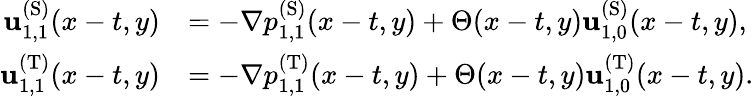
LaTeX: \begin{array}{rl}{\mathbf{u}_{1,1}^{\mathrm{(S)}}(x-t,y)}&{=-\nabla p_{1,1}^{\mathrm{(S)}}(x-t,y)+\Theta(x-t,y)\mathbf{u}_{1,0}^{\mathrm{(S)}}(x-t,y),}\\ {\mathbf{u}_{1,1}^{\mathrm{(T)}}(x-t,y)}&{=-\nabla p_{1,1}^{\mathrm{(T)}}(x-t,y)+\Theta(x-t,y)\mathbf{u}_{1,0}^{\mathrm{(T)}}(x-t,y).}\end{array}